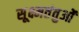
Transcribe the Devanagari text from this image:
सूक्ष्मतंतुओं